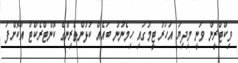
ވިކްޓްރީން ވަނީ މިދިޔަ އަހަރު ޓީމުގައި ހިމެނުނު ބައެއް ކުޅުންތެރިންގެ ކޮންޓްރެކްޓް އާކޮށްފަ